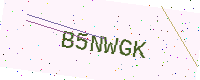
Text: B5NWGK